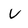
Character: V